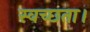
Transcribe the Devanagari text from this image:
स्वच्छता।